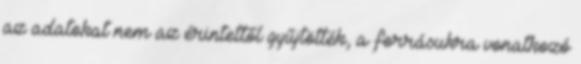
az adatokat nem az érintettől gyűjtötték, a forrásukra vonatkozó